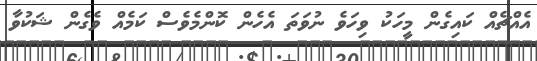
އެއްޗެއް ކައިގެން މީހަކު ވިހަވެ ނުވަތަ އެހެން ކޮންމެވެސް ކަމެއް ވެގެން ޝަކުވާ